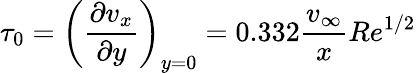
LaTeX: \tau_{0}=\left({\frac{\partial v_{x}}{\partial y}}\right)_{y=0}=0.332{\frac{v_{\infty}}{x}}Re^{1/2}